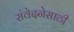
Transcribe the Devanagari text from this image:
संवेदनेसाठी